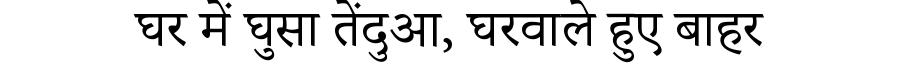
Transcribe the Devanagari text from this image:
घर में घुसा तेंदुआ, घरवाले हुए बाहर